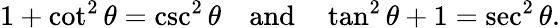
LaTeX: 1+\cot^{2}\theta=\csc^{2}\theta\quad{\mathrm{and}}\quad\tan^{2}\theta+1=\sec^{2}\theta.